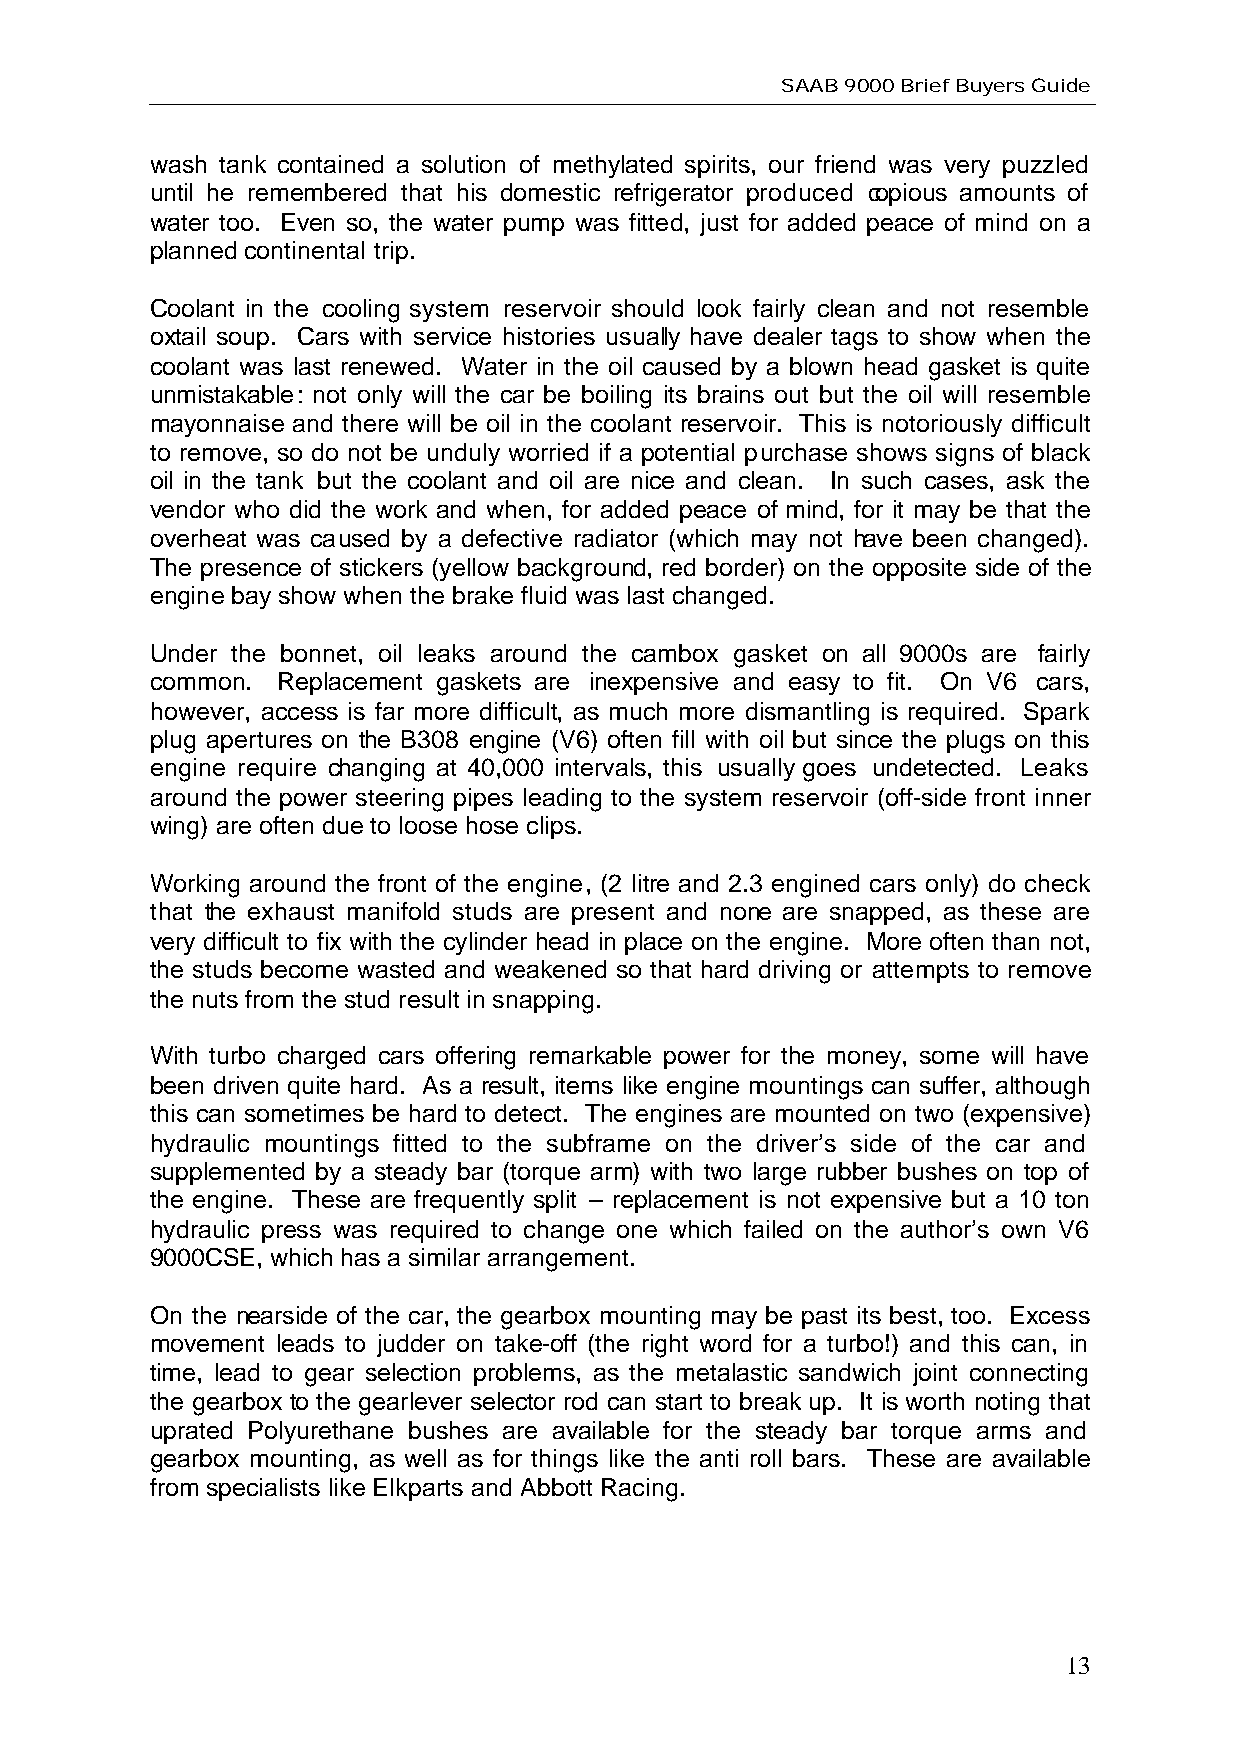
SAAB 9000 Brief Buyers Guide
 wash tank contained a solution of methylated spirits, our friend was very puzzled
 until he remembered that his domestic refrigerator produced copious amounts of
 water too. Even so, the water pump was fitted, just for added peace of mind on a
 planned continental trip.
 Coolant in the cooling system reservoir should look fairly clean and not resemble
 oxtail soup. Cars with service histories usually have dealer tags to show when the
 coolant was last renewed. Water in the oil caused by a blown head gasket is quite
 unmistakable: not only will the car be boiling its brains out but the oil will resemble
 mayonnaise and there will be oil in the coolant reservoir. This is notoriously difficult
 to remove, so do not be unduly worried if a potential purchase shows signs of black
 oil in the tank but the coolant and oil are nice and clean. In such cases, ask the
 vendor who did the work and when, for added peace of mind, for it may be that the
 overheat was caused by a defective radiator (which may not have been changed).
 The presence of stickers (yellow background, red border) on the opposite side of the
 engine bay show when the brake fluid was last changed.
 Under the bonnet, oil leaks around the cambox gasket on all 9000s are fairly
 common. Replacement gaskets are inexpensive and easy to fit. On V6 cars,
 however, access is far more difficult, as much more dismantling is required. Spark
 plug apertures on the B308 engine (V6) often fill with oil but since the plugs on this
 engine require changing at 40,000 intervals, this usually goes undetected. Leaks
 around the power steering pipes leading to the system reservoir (off-side front inner
 wing) are often due to loose hose clips.
 Working around the front of the engine, (2 litre and 2.3 engined cars only) do check
 that the exhaust manifold studs are present and none are snapped, as these are
 very difficult to fix with the cylinder head in place on the engine. More often than not,
 the studs become wasted and weakened so that hard driving or attempts to remove
 the nuts from the stud result in snapping.
 With turbo charged cars offering remarkable power for the money, some will have
 been driven quite hard. As a result, items like engine mountings can suffer, although
 this can sometimes be hard to detect. The engines are mounted on two (expensive)
 hydraulic mountings fitted to the subframe on the driver’s side of the car and
 supplemented by a steady bar (torque arm) with two large rubber bushes on top of
 the engine. These are frequently split – replacement is not expensive but a 10 ton
 hydraulic press was required to change one which failed on the author’s own V6
 9000CSE, which has a similar arrangement.
 On the nearside of the car, the gearbox mounting may be past its best, too. Excess
 movement leads to judder on take-off (the right word for a turbo!) and this can, in
 time, lead to gear selection problems, as the metalastic sandwich joint connecting
 the gearbox to the gearlever selector rod can start to break up. It is worth noting that
 uprated Polyurethane bushes are available for the steady bar torque arms and
 gearbox mounting, as well as for things like the anti roll bars. These are available
 from specialists like Elkparts and Abbott Racing.
 13